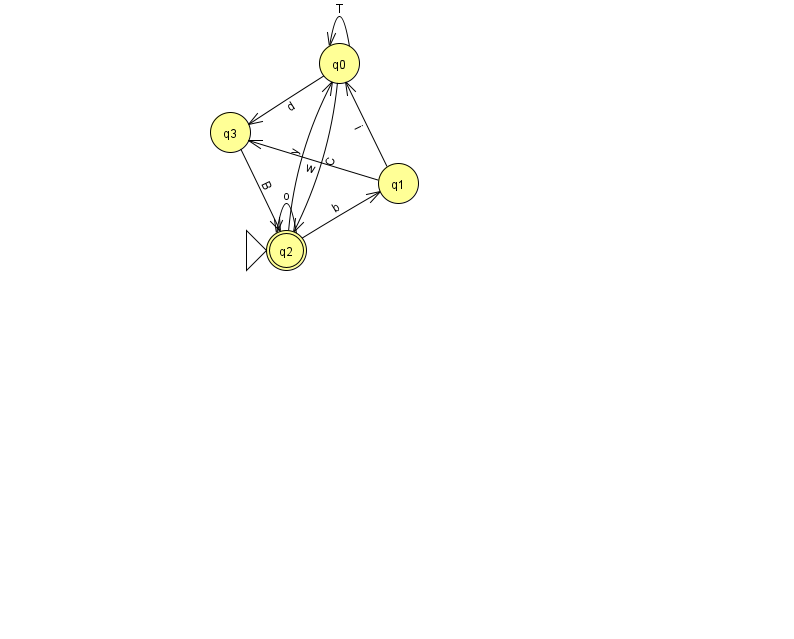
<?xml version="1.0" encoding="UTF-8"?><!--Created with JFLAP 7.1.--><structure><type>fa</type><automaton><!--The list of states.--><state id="0" name="q0"><x>339.0</x><y>50.0</y></state><state id="1" name="q1"><x>398.0</x><y>170.0</y></state><state id="2" name="q2"><x>286.0</x><y>237.0</y><initial/><final/></state><state id="3" name="q3"><x>230.0</x><y>119.0</y></state><!--The list of transitions.--><transition><from>0</from><to>2</to><read>C</read></transition><transition><from>3</from><to>2</to><read>B</read></transition><transition><from>0</from><to>0</to><read>T</read></transition><transition><from>0</from><to>3</to><read>d</read></transition><transition><from>1</from><to>0</to><read>i</read></transition><transition><from>1</from><to>3</to><read>w</read></transition><transition><from>2</from><to>0</to><read>y</read></transition><transition><from>2</from><to>1</to><read>b</read></transition><transition><from>2</from><to>2</to><read>o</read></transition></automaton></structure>